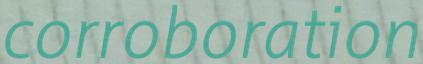
corroboration